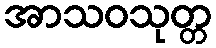
အာသဝသုတ္တ